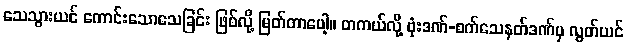
သေသွားယင် ကောင်းသောသေခြင်း ဖြစ်လို့ မြတ်တာပေါ့။ တကယ်လို့ ဗုံးဒဏ်-စက်သေနတ်ဒဏ်မှ လွတ်ယင်